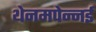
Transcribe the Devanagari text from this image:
थेनमपेन्नई